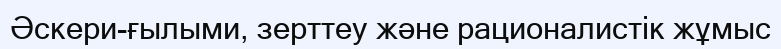
Әскери-ғылыми, зерттеу және рационалистік жұмыс